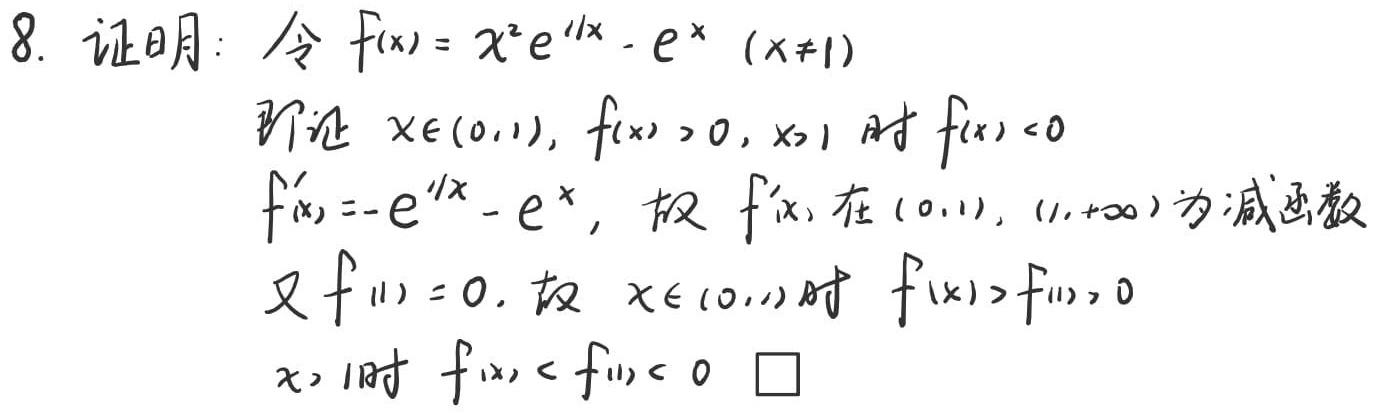
8. 证明：令 \(f(x)=x^{2}e^{1/x}-e^{x}\ (x\neq1)\)
即证 \(x\in(0,1)\)，\(f(x)>0\)，\(x > 1\) 时 \(f(x)<0\)
\(f^\prime(x)=-e^{1/x}-e^{x}\)，故 \(f^\prime(x)\) 在 \((0,1)\)，\((1,+\infty)\) 为减函数
又 \(f(1) = 0\)，故 \(x\in(0,1)\) 时 \(f(x)>f(1)=0\)
\(x > 1\) 时 \(f(x)<f(1)<0\) \(\square\)